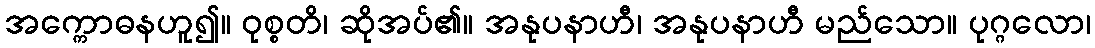
အက္ကောဓနဟူ၍။ ဝုစ္စတိ၊ ဆိုအပ်၏။ အနုပနာဟီ၊ အနုပနာဟီ မည်သော။ ပုဂ္ဂလော၊